画像に写った文字を読んでください
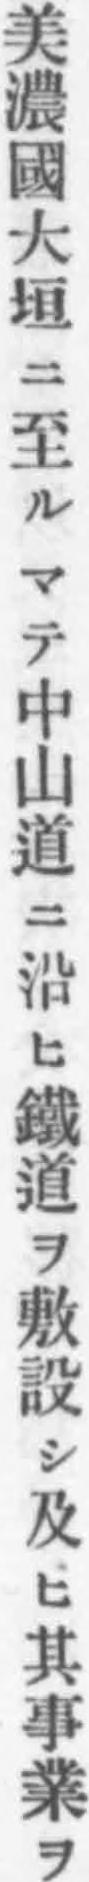
「美濃國大垣ニ至ルマテ中山道ニ沿ヒ鐵道ヲ敷設シ及ヒ其事業ヲ」と書いてあります